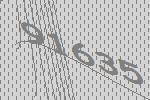
91635